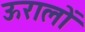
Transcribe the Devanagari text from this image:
ऊरालों